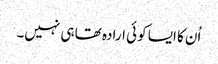
اُن کا ایسا کوئی ارادہ تھا ہی نہیں۔